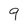
Character: 9